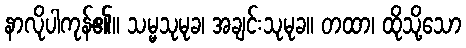
နာလိုပါကုန်၏။ သမ္မသုမုခ၊ အချင်းသုမုခ။ တထာ၊ ထိုသို့သော